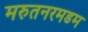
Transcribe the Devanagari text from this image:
मरुतनरमडम